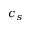
c _ { s }